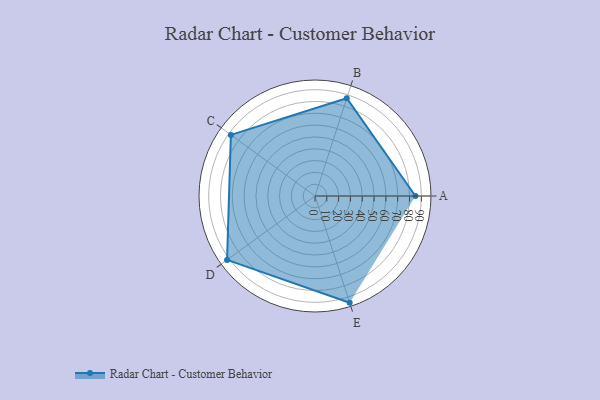
{"axis": {"x": "Skill", "y": "Score"}, "legend": ["Profile"], "data": [{"x": "A", "y": 85.0, "type": "Profile"}, {"x": "B", "y": 87.0, "type": "Profile"}, {"x": "C", "y": 88.0, "type": "Profile"}, {"x": "D", "y": 92.0, "type": "Profile"}, {"x": "E", "y": 95.0, "type": "Profile"}]}